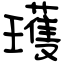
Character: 瓁